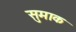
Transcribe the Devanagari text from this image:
सुमाक